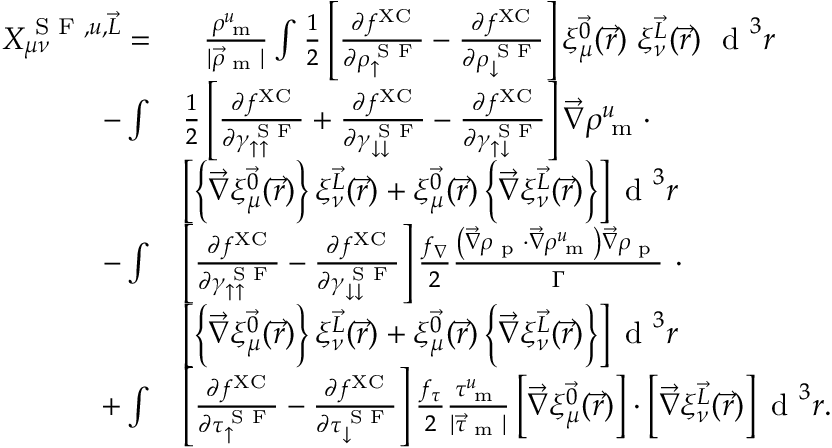
\begin{array} { r l } { X _ { \mu \nu } ^ { \textrm { S F } , u , \vec { L } } = } & { \phantom { + } \frac { \rho _ { \textrm { m } } ^ { u } } { | \vec { \rho } _ { \textrm { m } } | } \int \frac { 1 } { 2 } \left[ \frac { \partial f ^ { \mathrm { X C } } } { \partial \rho _ { \uparrow } ^ { \textrm { S F } } } - \frac { \partial f ^ { \mathrm { X C } } } { \partial \rho _ { \downarrow } ^ { \textrm { S F } } } \right] \xi _ { \mu } ^ { \vec { 0 } } ( \vec { r } ) ~ \xi _ { \nu } ^ { \vec { L } } ( \vec { r } ) ~ \textrm { d } ^ { 3 } r } \\ { - \int } & { \frac { 1 } { 2 } \left[ \frac { \partial f ^ { \mathrm { X C } } } { \partial \gamma _ { \uparrow \uparrow } ^ { \textrm { S F } } } + \frac { \partial f ^ { \mathrm { X C } } } { \partial \gamma _ { \downarrow \downarrow } ^ { \textrm { S F } } } - \frac { \partial f ^ { \mathrm { X C } } } { \partial \gamma _ { \uparrow \downarrow } ^ { \textrm { S F } } } \right] \vec { \nabla } \rho _ { \textrm { m } } ^ { u } \cdot } \\ & { \left[ \left\{ \vec { \nabla } \xi _ { \mu } ^ { \vec { 0 } } ( \vec { r } ) \right\} \xi _ { \nu } ^ { \vec { L } } ( \vec { r } ) + \xi _ { \mu } ^ { \vec { 0 } } ( \vec { r } ) \left\{ \vec { \nabla } \xi _ { \nu } ^ { \vec { L } } ( \vec { r } ) \right\} \right] \textrm { d } ^ { 3 } r } \\ { - \int } & { \left[ \frac { \partial f ^ { \mathrm { X C } } } { \partial \gamma _ { \uparrow \uparrow } ^ { \textrm { S F } } } - \frac { \partial f ^ { \mathrm { X C } } } { \partial \gamma _ { \downarrow \downarrow } ^ { \textrm { S F } } } \right] \frac { f _ { \nabla } } { 2 } \frac { \left( \vec { \nabla } \rho _ { \textrm { p } } \cdot \vec { \nabla } \rho _ { \textrm { m } } ^ { u } \right) \vec { \nabla } \rho _ { \textrm { p } } } { \Gamma } ~ \cdot } \\ & { \left[ \left\{ \vec { \nabla } \xi _ { \mu } ^ { \vec { 0 } } ( \vec { r } ) \right\} \xi _ { \nu } ^ { \vec { L } } ( \vec { r } ) + \xi _ { \mu } ^ { \vec { 0 } } ( \vec { r } ) \left\{ \vec { \nabla } \xi _ { \nu } ^ { \vec { L } } ( \vec { r } ) \right\} \right] \textrm { d } ^ { 3 } r } \\ { + \int } & { \left[ \frac { \partial f ^ { \mathrm { X C } } } { \partial \tau _ { \uparrow } ^ { \textrm { S F } } } - \frac { \partial f ^ { \mathrm { X C } } } { \partial \tau _ { \downarrow } ^ { \textrm { S F } } } \right] \frac { f _ { \tau } } { 2 } \frac { \tau _ { \textrm { m } } ^ { u } } { | \vec { \tau } _ { \textrm { m } } | } \left[ \vec { \nabla } \xi _ { \mu } ^ { \vec { 0 } } ( \vec { r } ) \right] \cdot \left[ \vec { \nabla } \xi _ { \nu } ^ { \vec { L } } ( \vec { r } ) \right] \textrm { d } ^ { 3 } r . } \end{array}